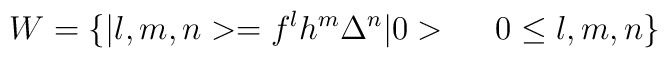
W = \{ \vert l ,m ,n > = f^l h^m \Delta^n \vert 0 >\ \ \ \ 0\leq l , m ,n \}